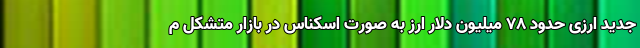
جدید ارزی حدود ٧٨ میلیون دلار ارز به صورت اسکناس در بازار متشکل م